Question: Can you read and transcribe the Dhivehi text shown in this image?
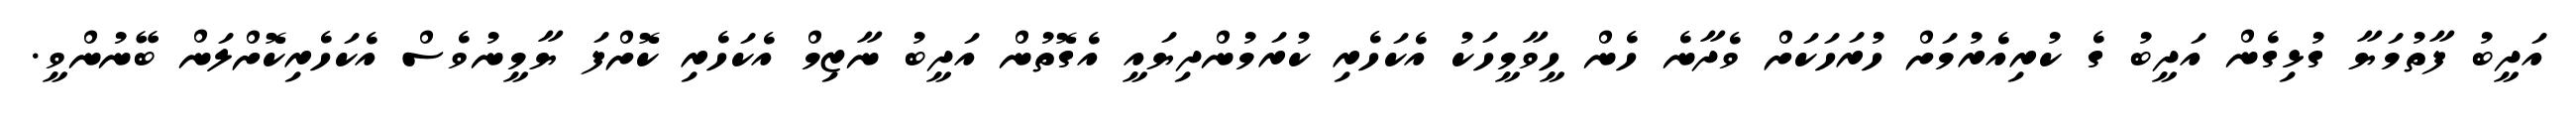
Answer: އަދީބު ފާތުމަޔާ ގުޅިގެން އަދީބު ގެ ކުރިއެރުމަށް ހުރަހަކަށް ވެދާނެ ހެން ހީވާމީހަކު އެކަހެރި ކުރަމުންދިޔައީ އެގޮތުން އަދީބު ނާޒިމް އެކަހެރި ކޮށްފަ ޔާމީނުވެސް އެކަހެރިކޮށްލަން ބޭނުންވީ.